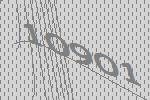
10901